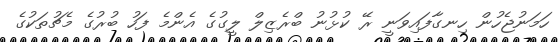
ހަމަނުޖެހުން ހިނގާފައިވަނީ ރޭ ކުޅުނު ބްރެޒިލް ލީގުގެ އެންމެ ފަހު ބުރުގެ މެޗުތަކުގެ